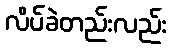
လိပ်ခဲတည်းလည်း